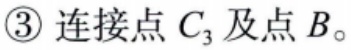
\textcircled{3} 连接点 \(C_{3}\) 及点 \(B\)。